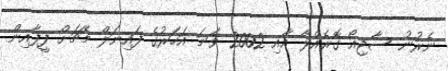
ނެރުނު ސާޖިއޯ ގޮރެއްލާ އާއި 2002 ވަނަ އަހަރުގެ ފައިނަލް މެޗަށް ފީފާއިން